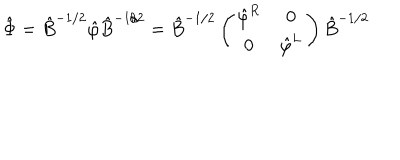
LaTeX: \hat { \Phi } = \hat { B } ^ { - 1 / 2 } \hat { \varphi } \hat { B } ^ { - 1 / 2 } = \hat { B } ^ { - 1 / 2 } \left( \begin{matrix} { { \hat { \varphi } ^ { R } } } & { { 0 } } \\ { { 0 } } & { { \hat { \varphi } ^ { L } } } \\ \end{matrix} \right) \hat { B } ^ { - 1 / 2 }